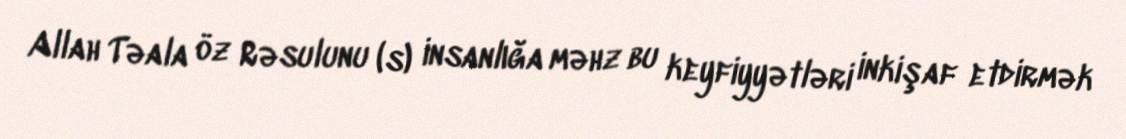
Allah Təala öz Rəsulunu (s) insanlığa məhz bu keyfiyyətləri inkişaf etdirmək